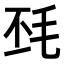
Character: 𣬾